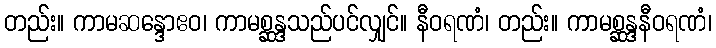
တည်း။ ကာမဆန္ဒောဧဝ၊ ကာမစ္ဆန္ဒသည်ပင်လျှင်။ နီဝရဏံ၊ တည်း။ ကာမစ္ဆန္ဒနီဝရဏံ၊